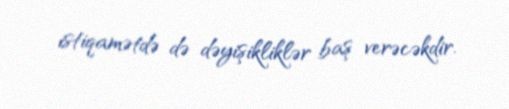
istiqamətdə də dəyişikliklər baş verəcəkdir.